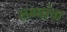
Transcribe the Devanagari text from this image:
लग्नांचा